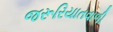
જરૂરિયાતવાળી